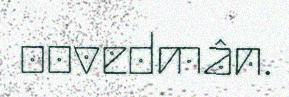
oovedmân.